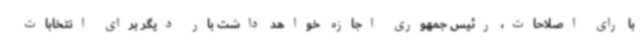
با رای اصلاحات، رئیس جمهوری‌ اجازه خواهد داشت بار دیگر برای انتخابات